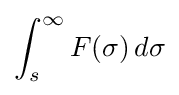
\int _{s}^{\infty }F(\sigma )\,d\sigma